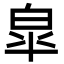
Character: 皐